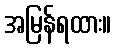
အမြန်ရထား။